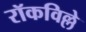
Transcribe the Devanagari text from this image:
रॉकविल्ले